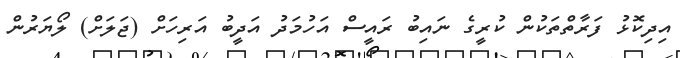
އިދިކޮޅު ފަރާތްތަކުން ކުރީގެ ނައިބު ރައީސް އަހުމަދު އަދީބު އަރިހަށް (ޖަލަށް) ލޯޔަރުން